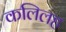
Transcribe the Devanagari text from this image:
कलिलह